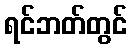
ရင်ဘတ်တွင်